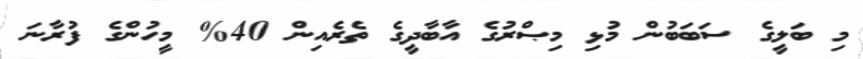
މި ބަލީގެ ސަބަބުން މުޅި މިޞްރުގެ އާބާދީގެ ތެރެއިން 40% މީހުންގެ ފުރާނަ